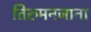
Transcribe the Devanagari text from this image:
तिरुमनजाना